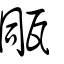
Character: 𤭁